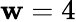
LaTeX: \mathbf{w}=4